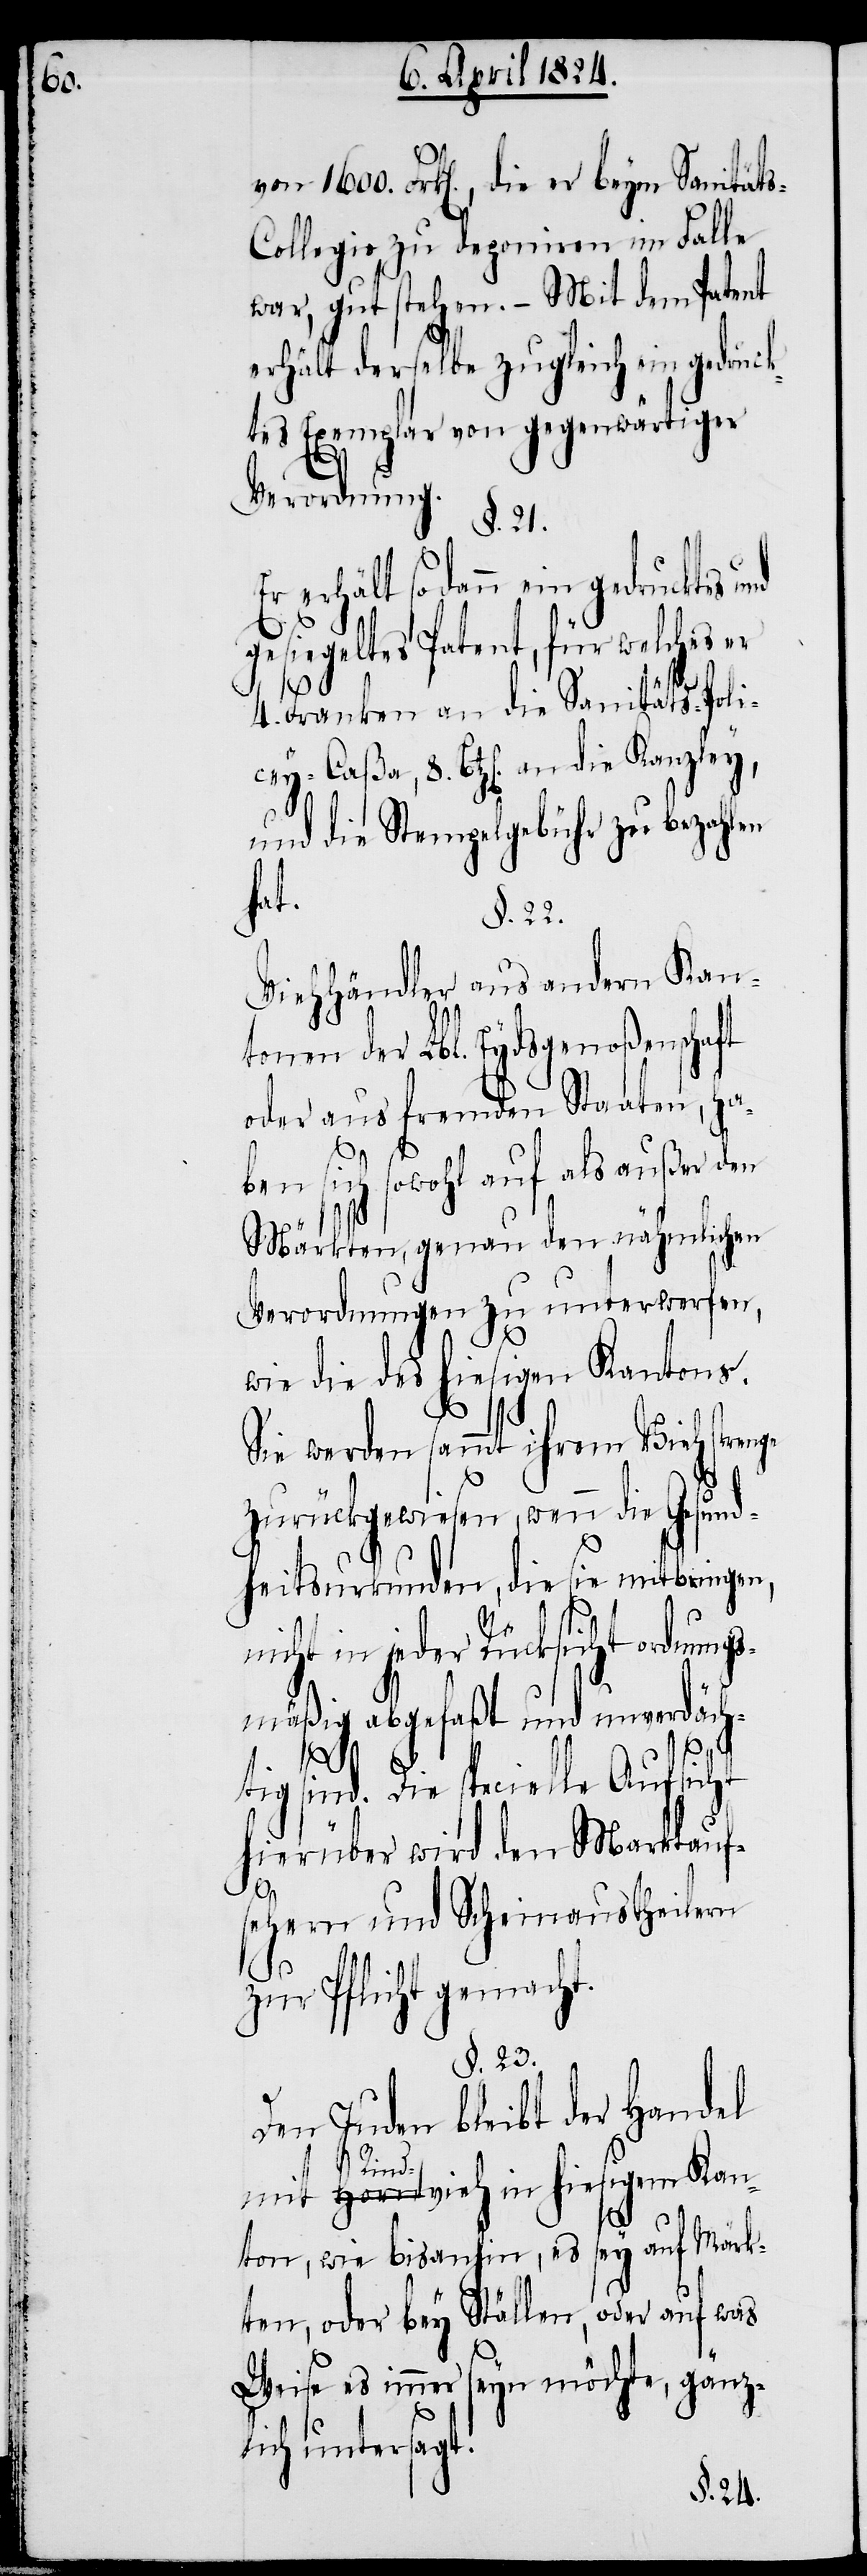
1600.

ollegio zu deponieren im Falle
war, gut stehen. – Mit dem Patent
erhält derselbe zugleich ein gedruck¬
tes Exemplar von gegenwärtiger
Verordnung.
§. 21.
Er erhält sodann ein gedrucktes
gesiegeltes Patent, für welches er
ts-C¬
4. Franken an die Sanitäts-Poli¬
cey-Caßa, 8. Btz[en] an die
und die Stempelgebühr zu bezahlen
hat.
§. 22.
Viehhändler aus andern Kan¬
tonen der Lbl. Eydsgenoßenschaft
oder aus fremden Staaten, hab¬
en sich sowohl auf als außer den
Märkten, genau den nähmlichen
Verordnungen zu unterwerfen,
wie die des hiesigen Kantons.
Sie werden sammt ihrem Vieh strenge
zurückgewiesen, wenn die Gesund¬
heitsurkunden, die sie mitbringen,
nicht in jeder Rücksicht ordnungs¬
mäßig abgefaßt und unverdäch¬
Sanitä¬
tig sind. Die specielle Aufsicht
hierüber wird den Marktauf¬
sehern und Scheinaustheilern
zur Pflicht gemacht.
§. 23.
Den Juden bleibt der Handel
mit Horn Rindvieh in hiesigem Kan¬
ton, wie bisanhin, es sey auf Märk¬
ten, oder bey Ställen, oder auf was
Weise es immer seyn möchte, gänz¬
lich untersagt.